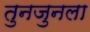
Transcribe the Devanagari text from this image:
तुनजुनला